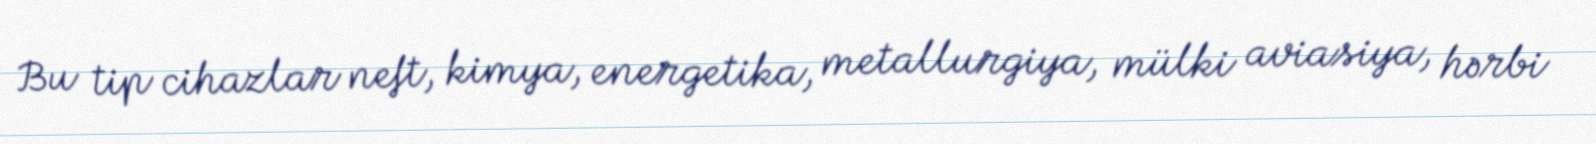
Bu tip cihazlar neft, kimya, energetika, metallurgiya, mülki aviasiya, hərbi